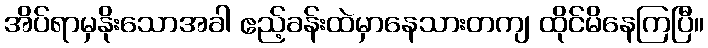
အိပ်ရာမှနိုးသောအခါ ဧည့်ခန်းထဲမှာနေသားတကျ ထိုင်မိနေကြပြီ။